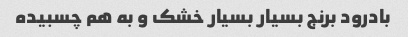
بادرود برنج بسیار بسیار خشک و به هم چسبیده